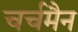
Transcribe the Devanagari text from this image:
चर्चमैन